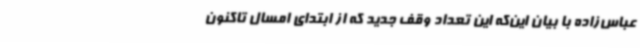
عباس‌زاده با بیان این‌که این تعداد وقف جدید که از ابتدای امسال تاکنون